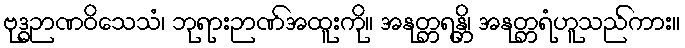
ဗုဒ္ဓဉာဏဝိသေသံ၊ ဘုရားဉာဏ်အထူးကို။ အနုတ္တရန္တိ၊ အနုတ္တရံဟူသည်ကား။